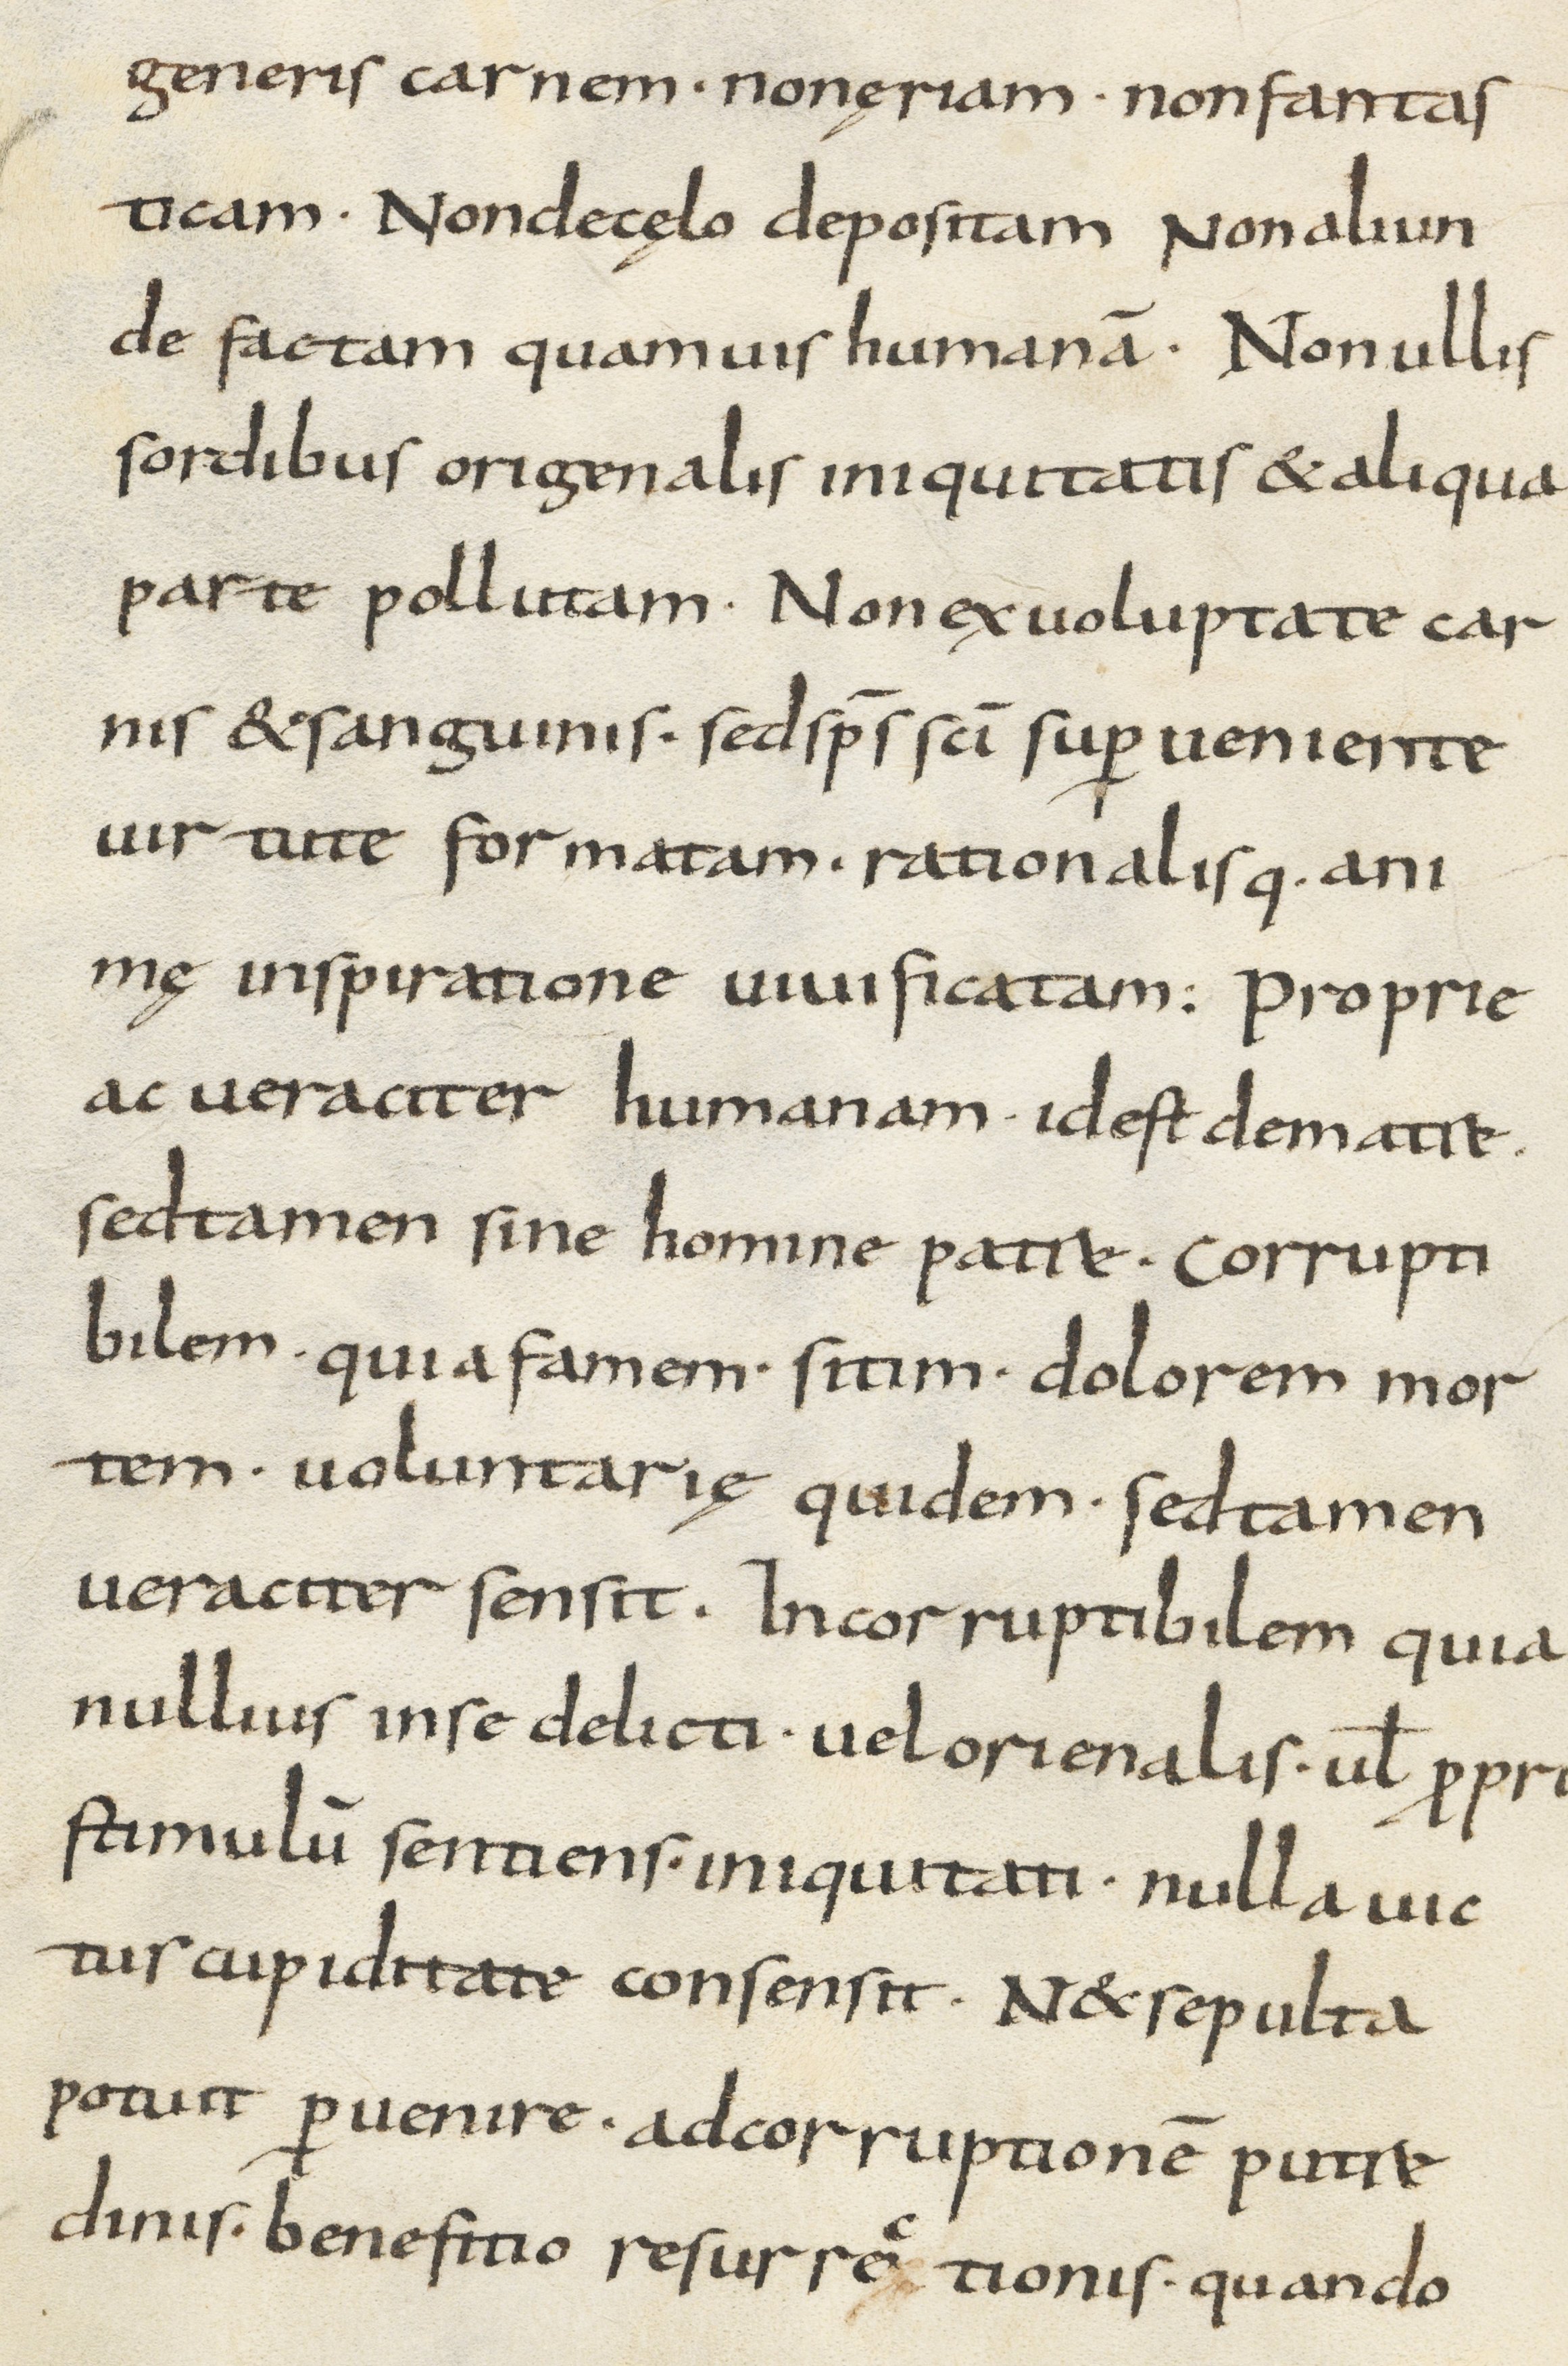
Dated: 800–899